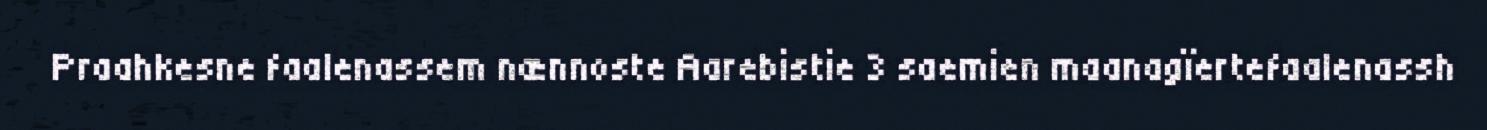
Praahkesne faalenassem nænnoste Aarebistie 3 saemien maanagïertefaalenassh